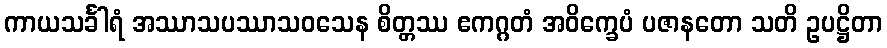
ကာယသင်္ခါရံ အဿာသပဿာသဝသေန စိတ္တဿ ဧကဂ္ဂတံ အဝိက္ခေပံ ပဇာနတော သတိ ဥပဋ္ဌိတာ